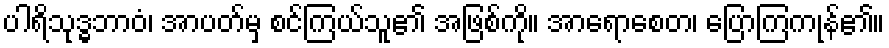
ပါရိသုဒ္ဓဘာဝံ၊ အာပတ်မှ စင်ကြယ်သူ၏ အဖြစ်ကို။ အာရောစေတ၊ ပြောကြကုန်၏။